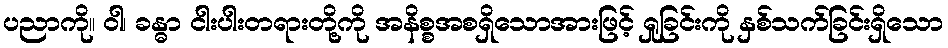
ပညာကို။ ဝါ၊ ခန္ဓာ ငါးပါးတရားတို့ကို အနိစ္စအစရှိသောအားဖြင့် ရှုခြင်းကို နှစ်သက်ခြင်းရှိသော